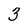
Character: 3